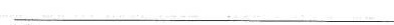
___